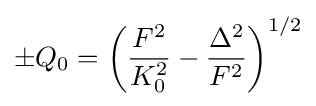
\pm Q_{0}=\left({\frac {F^{2}}{K_{0}^{2}}}-{\frac {\Delta ^{2}}{F^{2}}}\right)^{1/2}